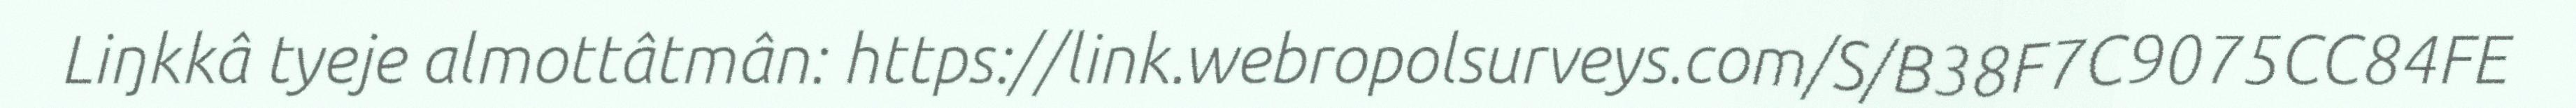
Liŋkkâ tyeje almottâtmân: https://link.webropolsurveys.com/S/B38F7C9075CC84FE